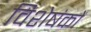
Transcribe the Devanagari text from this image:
विशेषंकों